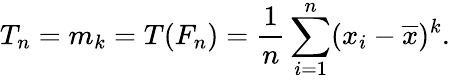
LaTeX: T_{n}=m_{k}=T(F_{n})={\frac{1}{n}}\sum_{i=1}^{n}(x_{i}-{\overline{{x}}})^{k}.